Annual report on the health of the army in India
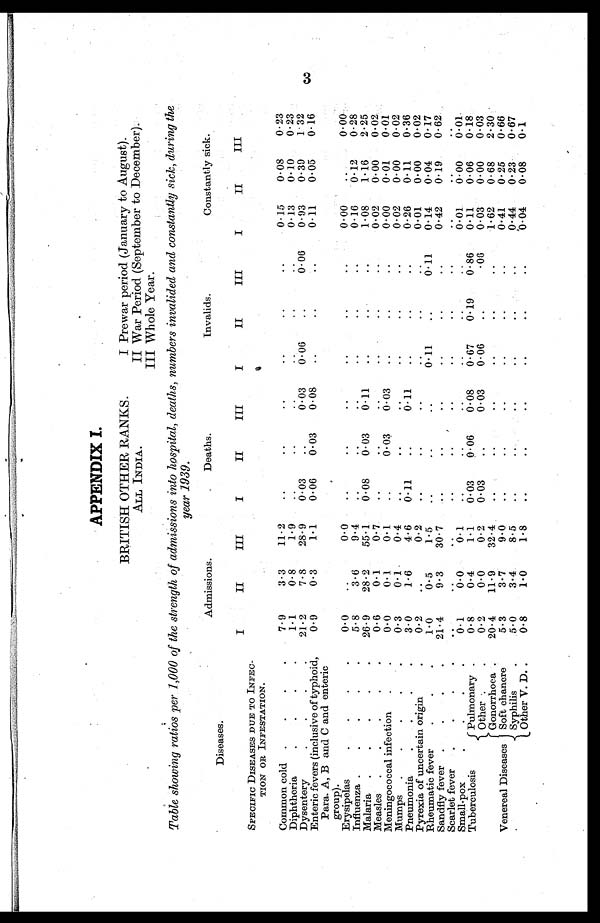
APPENDIX I.
BRITISH OTHER RANKS.
ALL INDIA.
I Prewar period (January to August).
II War Period (September to December).
III Whole Year.
Table showing ratios per 1,000 of the strength of admissions into hospital, deaths, numbers invalided and constantly sick, during the
year 1939.
Diseases.
Admissions.
Deaths.
Invalids.
Constantly sick.
SPECIFIC DISEASES DUE TO INFEC
¬TION OR INFESTATION.
I
II
III
I
II
III
I
II
III
I
II
III
Common cold .
.
.
.
7.9
3.3
11.2
. .
..
..
..
.. ..
0.15
0.08
0.23
Diphtheria
.
.
.
.
1.1
0.8
1.9
..
..
..
..
..
. .
0.13
0.10
0.23
Dysentery
.
.
.
.
21.2
7.8
28.9
0.03
..
0 . 0 3
0.06
..
0.06
0.93
0.39
1.32
Enteric fevers (inclusive of typhoid,
Para. A, B and C and enteric
group).
0.9
0.3
1.1
0.06
0.03
0.08
..
..
..
0.11
0.05
0.16
Erysipelas
.
.
.
.
0.0
..
0.0
..
..
..
..
..
..
0.00
..
0.00
Influenza .
.
.
.
.
5.8
3.6
9.4
..
. .
..
..
..
..
0.16
0.12
0.28
Malaria . . . . .
26.9
28.2
55.1
0.08
0.03
0.11
. .
..
. .
1.08
1.16
2.25
Measles .
.
. . .
0.6
0.1
0.7
. .
..
..
..
. .
..
0.02
0.00
0.02
Meningococcal infection
. .
0.0
0.1
0.1
..
0.03
0.03
..
..
..
0.00
0.01
0.01
Mumps .
.
.
. .
0.3
0.1
0.4
.. ..
..
..
..
..
0.02
0.00
0.02
Pneumonia
.
.
.
.
3.0
1.6
4.6
0.11
. .
0.11
..
..
..
0.26
0.11
0.36
Pyrexia of uncertain origin
.
0.2
..
0.2
..
..
..
..
..
. .
0 . 0 1
0 . 0 0
0 . 0 2
Rheumatic fever
.
.
.
1.0
0.5
1.5
.. .. ..
0.11
..
0.1l
0.14
0.04
0.17
Sandfly fever . . .
21.4
9.3
30.7
.. .. .. .. .. ..
0.42
0.19
0.62
Scarlet fever
.
.
.
.
..
..
..
..
. .
..
..
..
.. .. .. ..
Small-pox
0.1
0.0
0.1
.. .. .. .. .. ..
0.01
0 . 0 0
0.01
Tuberculosis
Pulmonary .
0.8
0.4
1.1
0.03
0.06
0 . 0 8
0.67
0. 19
0.86
0.11
0.06
0.18
Other
. .
0.2
0.0
0.2
0.03
..
0.03
0.06
..
.06
0.03
0.00
0.03
Venereal Diseases
Gonorrhoea .
20.4
11.9
32.4
.. .. .. .. .. ..
1.62
0.68
2.30
Soft chancre
5.3
3.7
9.0
.. .. .. .. .. ..
0.41
0.25
0.66
Syphilis
.
5.0
3.4
8.5
..
..
..
..
..
..
0.44
0.23
0.67
Other V. D..
0.8
1.0
1.8
..
..
..
..
..
..
0.04
0.08
0.1